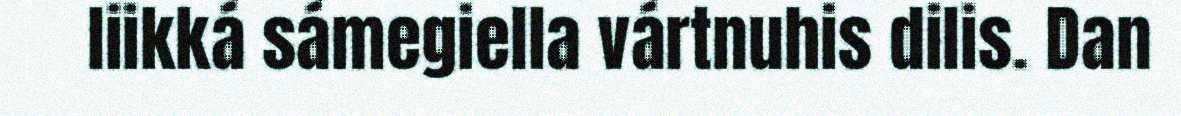
liikká sámegiella vártnuhis dilis. Dan